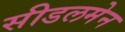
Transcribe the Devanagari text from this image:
सीडलमेन